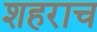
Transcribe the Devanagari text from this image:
शहराच